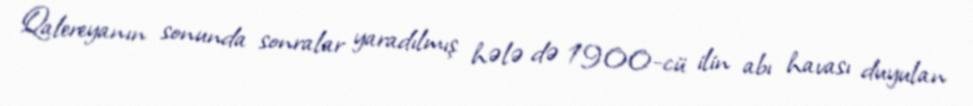
Qalereyanın sonunda sonralar yaradılmış hələ də 1900-cü ilin abı havası duyulan